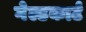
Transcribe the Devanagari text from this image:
गेल्डकार्ट